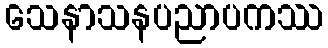
သေနာသနပညာပကဿ